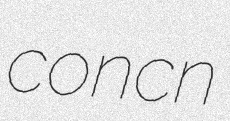
concn